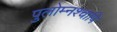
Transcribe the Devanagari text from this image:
पुलोम्नश्चापि